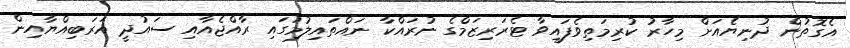
އެގޮތުން ދުނިޔެއަށް މިހާރު ކުރިމަތިވެފައިވާ ޓެރަރިޒަމްގެ ނުރައްކާ ނައްތައިލުމުގައި ރާއްޖެއާއި ސައުދީ އަރަބިއްޔާއިން